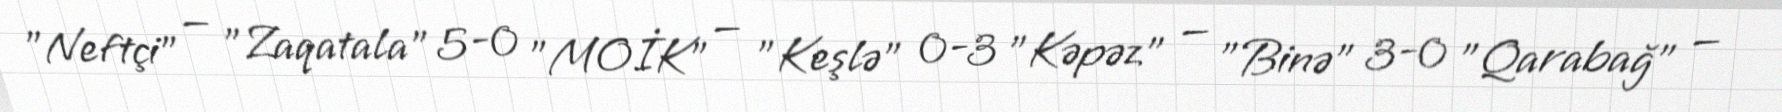
"Neftçi" — "Zaqatala" 5-0 "MOİK" — "Keşlə" 0-3 "Kəpəz" — "Binə" 3-0 "Qarabağ" —